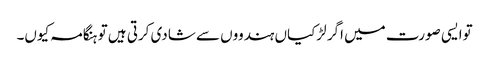
توایسی صورت میں اگر لڑکیاں ہندووں سے شادی کرتی ہیں تو ہنگامہ کیوں۔